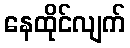
နေထိုင်လျက်